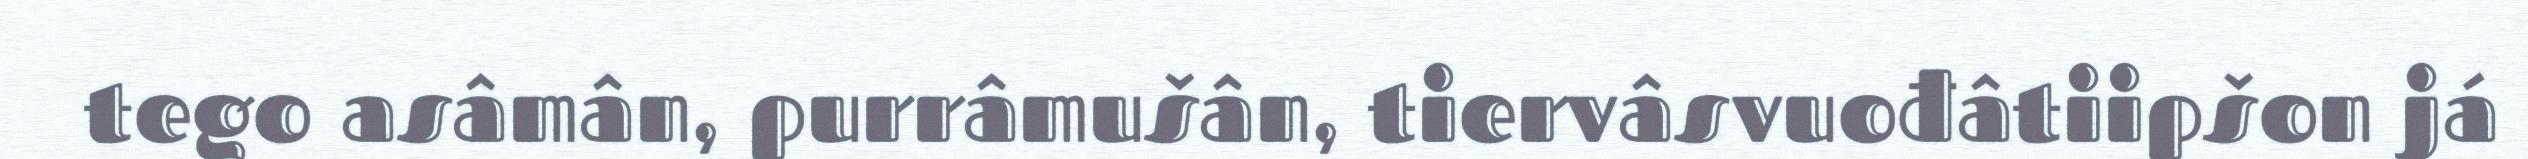
tego asâmân, purrâmušân, tiervâsvuođâtiipšon já